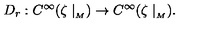
D _ { r } : C ^ { \infty } ( \zeta \mid _ { _ M } ) \rightarrow C ^ { \infty } ( \zeta \mid _ { _ M } ) .